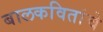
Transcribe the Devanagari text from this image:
बालकवितांचे